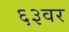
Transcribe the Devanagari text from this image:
६३वर